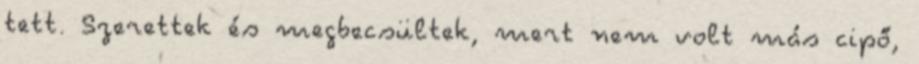
tett. Szerettek és megbecsültek, mert nem volt más cipő,